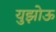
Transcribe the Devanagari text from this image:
युझोऊ